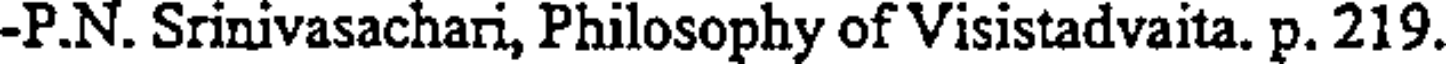
-P.N. Srinivasachari, Philosophy of Visistadvaita. p. 219.